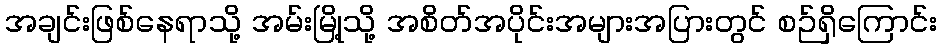
အချင်းဖြစ်နေရာသို့ အမ်းမြို့သို့ အစိတ်အပိုင်းအများအပြားတွင် စဉ်ရှိကြောင်း